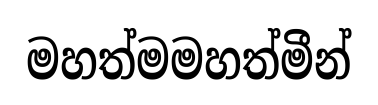
මහත්මමහත්මීන්